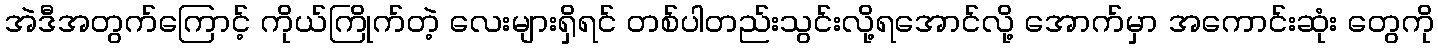
အဲဒီအတွက်ကြောင့် ကိုယ်ကြိုက်တဲ့ လေးများရှိရင် တစ်ပါတည်းသွင်းလို့ရအောင်လို့ အောက်မှာ အကောင်းဆုံး တွေကို